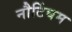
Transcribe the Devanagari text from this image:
नौटिंघम